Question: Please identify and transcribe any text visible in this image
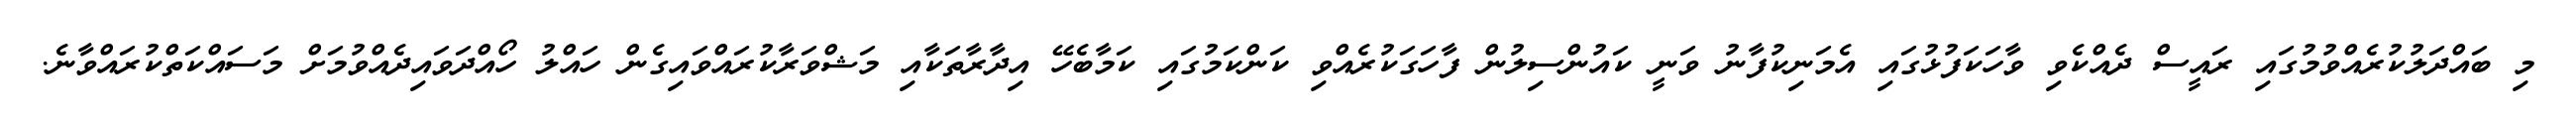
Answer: މި ބައްދަލުކުރެއްވުމުގައި ރައީސް ދެއްކެވި ވާހަކަފުޅުގައި އެމަނިކުފާނު ވަނީ ކައުންސިލުން ފާހަގަކުރެއްވި ކަންކަމުގައި ކަމާބެހޭ އިދާރާތަކާއި މަޝްވަރާކުރައްވައިގެން ހައްލު ހޯއްދަވައިދެއްވުމަށް މަސައްކަތްކުރައްވާނެ.